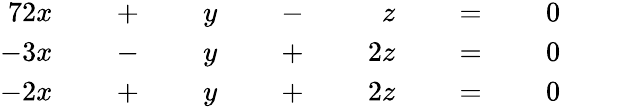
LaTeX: {\begin{array}{rlrlrlrlrlrlr}{{7}2x}&{{}}&{\; +\; }&{{}}&{y}&{{}}&{\; -\; }&{{}}&{z}&{{}}&{\; =\; }&{{}}&{0}\\ {-3x}&{{}}&{\; -\; }&{{}}&{y}&{{}}&{\; +\; }&{{}}&{2z}&{{}}&{\; =\; }&{{}}&{0}\\ {-2x}&{{}}&{\; +\; }&{{}}&{y}&{{}}&{\; +\; }&{{}}&{2z}&{{}}&{\; =\; }&{{}}&{0}\end{array}}\qquad